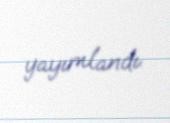
yayımlandı.